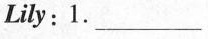
Lily:1. ___